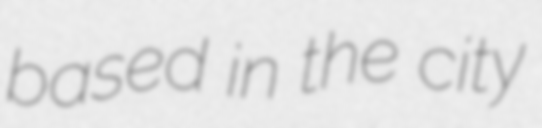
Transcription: based in the city